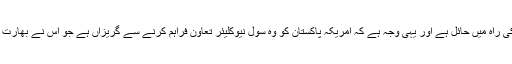
پاکستان تعلقات کی راہ میں حائل ہے اور یہی وجہ ہے کہ امریکہ پاکستان کو وہ سول نیوکلیئر تعاون فراہم کرنے سے گریزاں ہے جو اُس نے بھارت کو فراہم کیا ہے۔